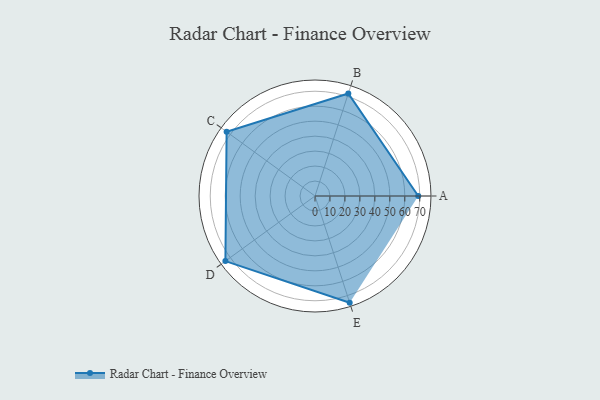
{"axis": {"x": "Skill", "y": "Score"}, "legend": ["Profile"], "data": [{"x": "A", "y": 69.0, "type": "Profile"}, {"x": "B", "y": 72.0, "type": "Profile"}, {"x": "C", "y": 73.0, "type": "Profile"}, {"x": "D", "y": 74.0, "type": "Profile"}, {"x": "E", "y": 75.0, "type": "Profile"}]}